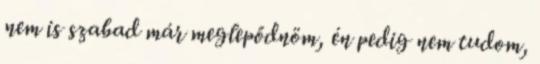
nem is szabad már meglepődnöm, én pedig nem tudom,